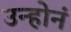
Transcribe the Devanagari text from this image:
उन्होनं